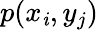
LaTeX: p(x_{\mathit{i}},y_{j})